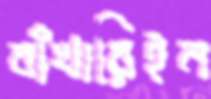
বাঁখারিইন